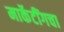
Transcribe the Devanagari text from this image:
मार्केटींगचा